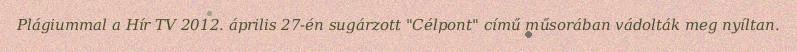
Plágiummal a Hír TV 2012. április 27-én sugárzott "Célpont" című műsorában vádolták meg nyíltan.